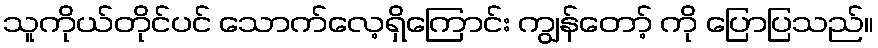
သူကိုယ်တိုင်ပင် သောက်လေ့ရှိကြောင်း ကျွန်တော့် ကို ပြောပြသည်။